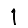
Digit: 1